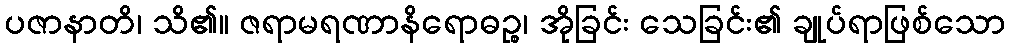
ပဇာနာတိ၊ သိ၏။ ဇရာမရဏာနိရောဓဉ္စ၊ အိုခြင်း သေခြင်း၏ ချုပ်ရာဖြစ်သော